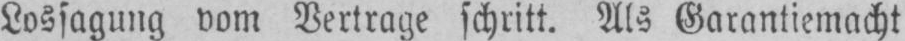
Lossagung vom Vertrage schritt. Als Garantiemacht